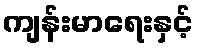
ကျန်းမာရေးနှင့်